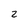
Character: 2